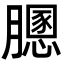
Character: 𦡵